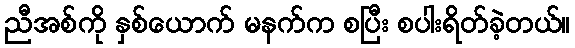
ညီအစ်ကို နှစ်ယောက် မနက်က စပြီး စပါးရိတ်ခဲ့တယ်။